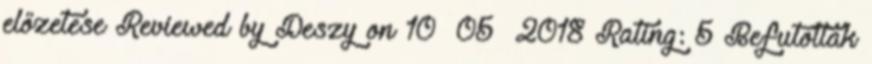
előzetese Reviewed by Deszy on 10 05 2018 Rating: 5 Befutottak